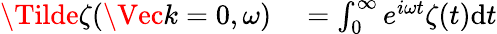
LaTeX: \begin{array}{rl}{\Tilde{\zeta}(\Vec{k}=0,\omega)}&{{}=\int_{0}^{\infty}e^{i\omega t}\zeta(t)\mathrm{d}t}\end{array}